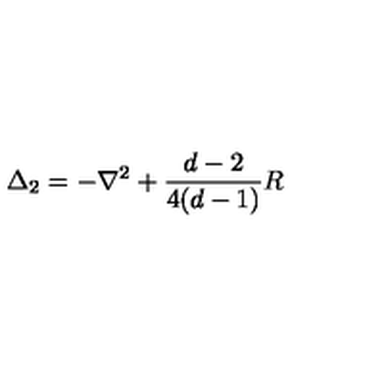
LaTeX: \Delta _ { 2 } = - \nabla ^ { 2 } + { \frac { d - 2 } { 4 ( d - 1 ) } } R